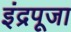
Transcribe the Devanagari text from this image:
इंद्रपूजा